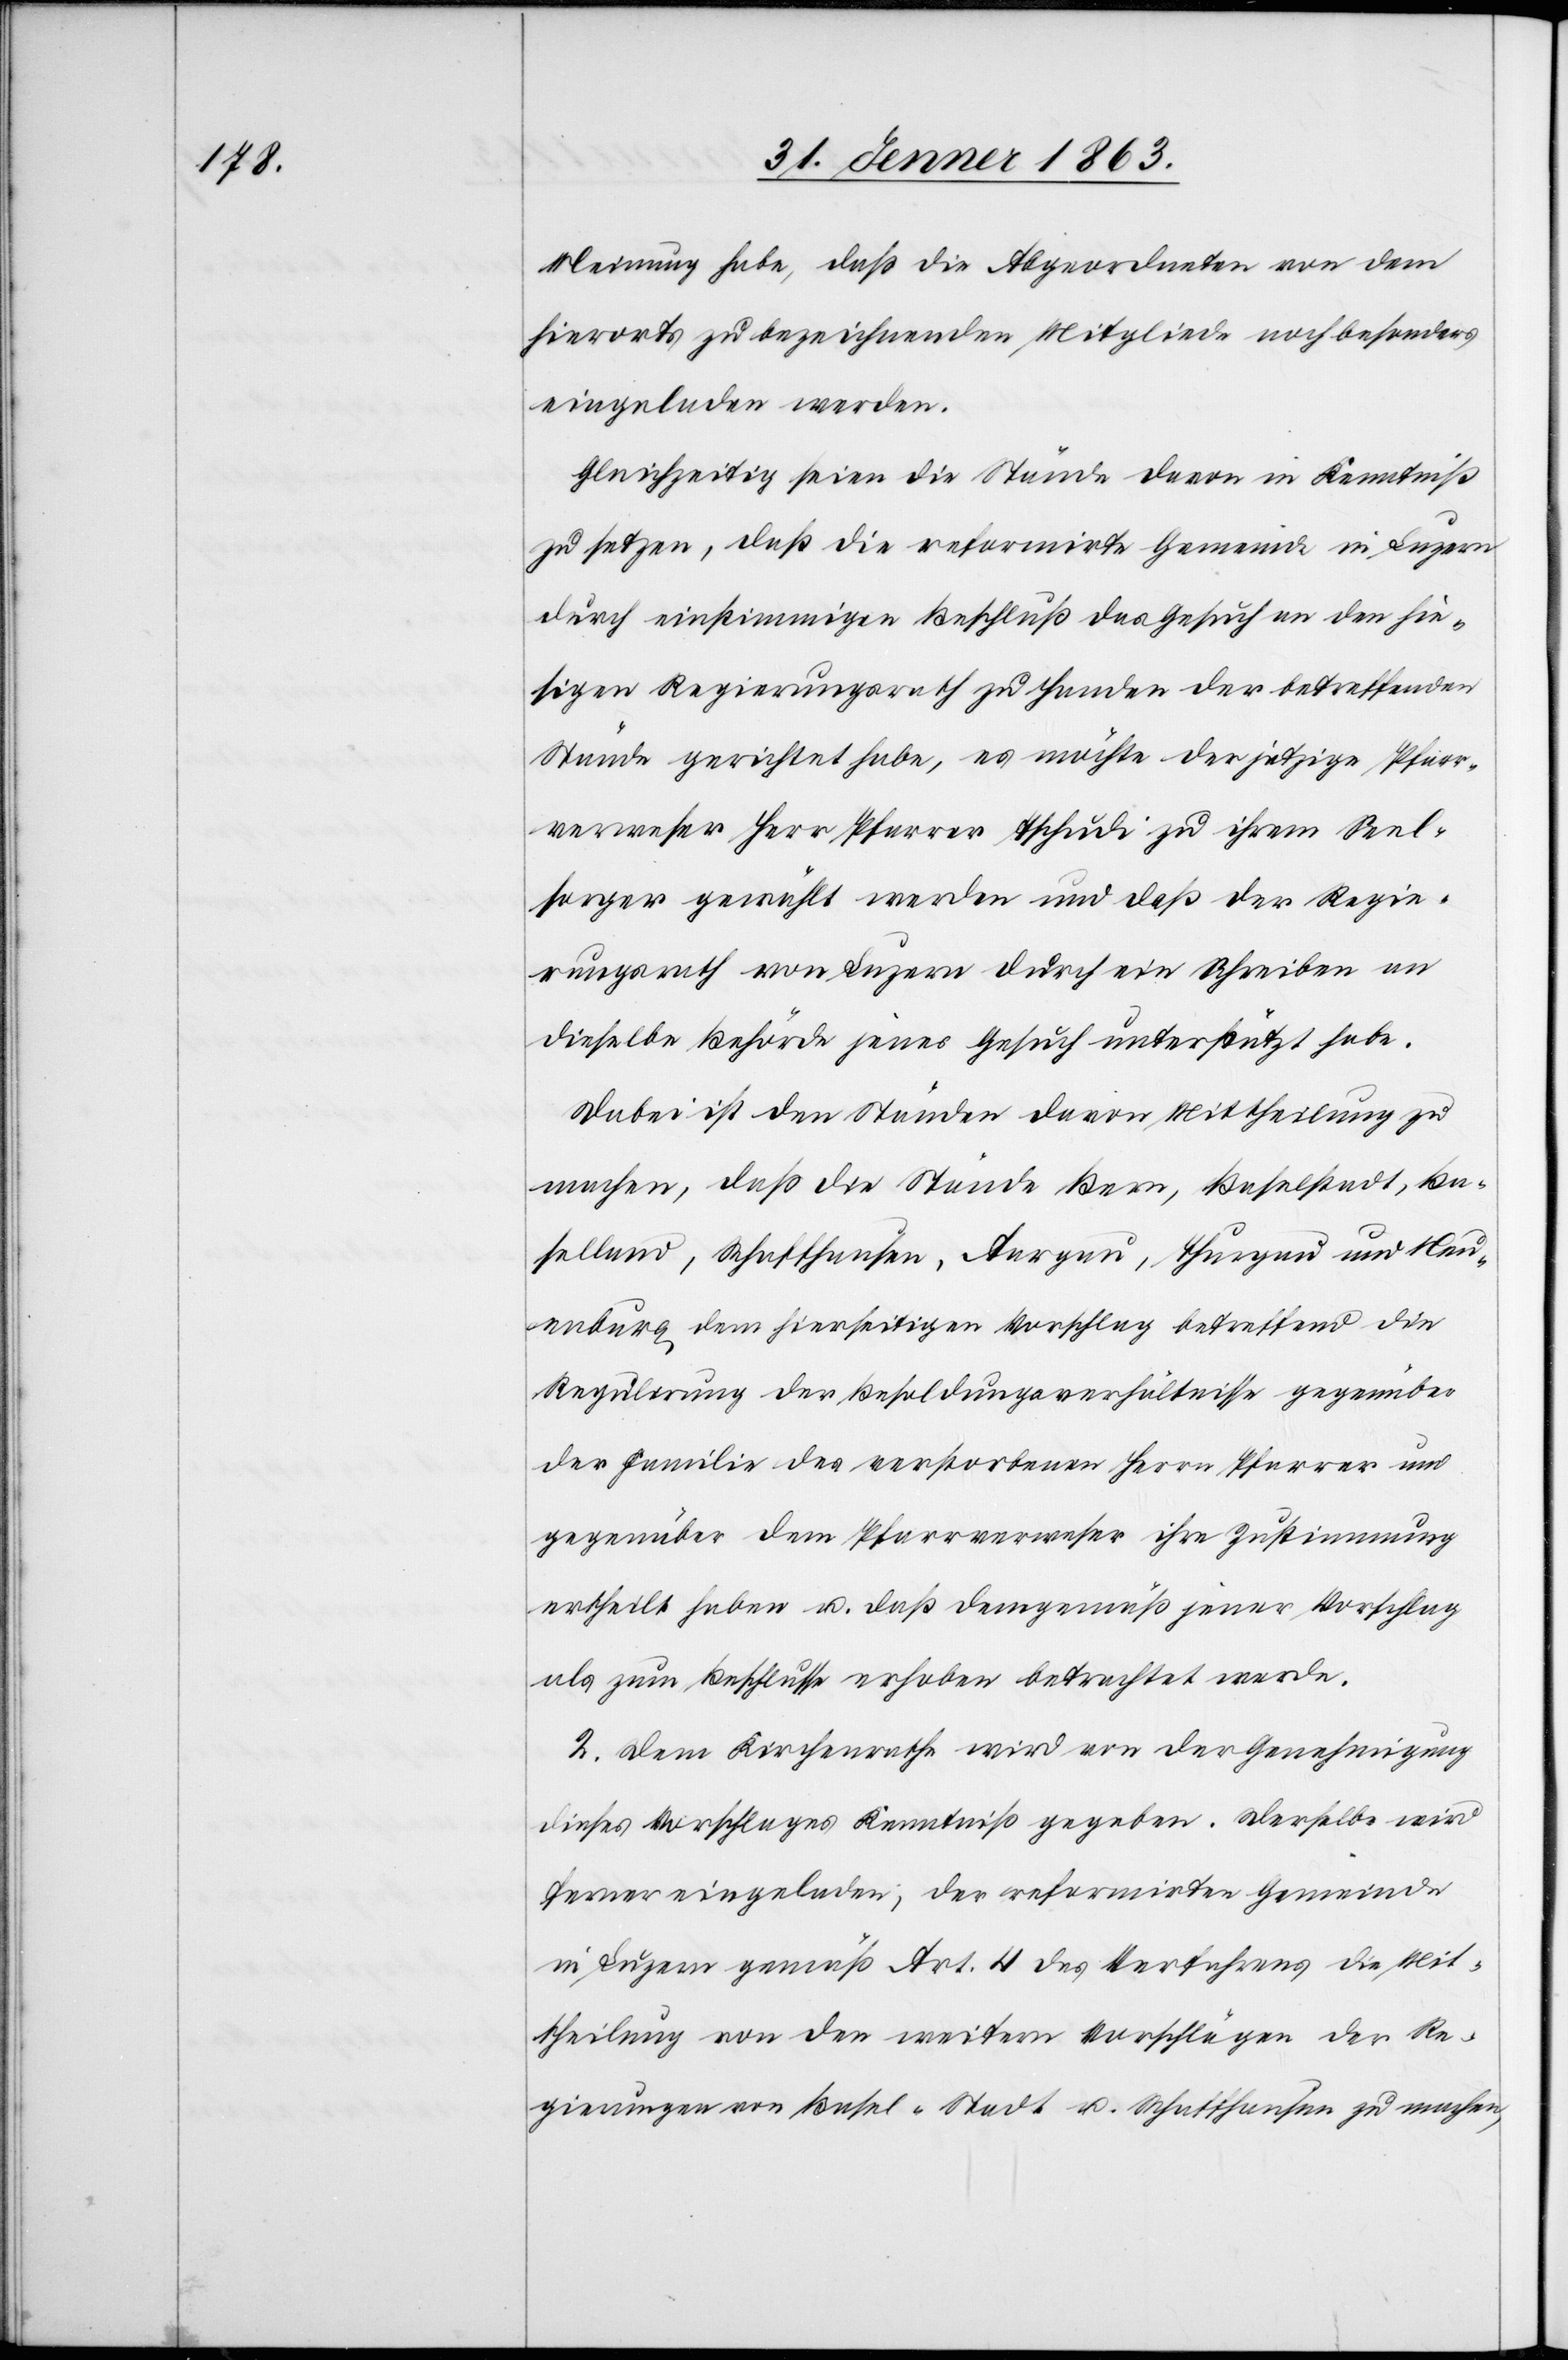
Meinung habe, daß die Abgeordneten von dem
hierorts zu bezeichnenden Mitgliede noch besonders
eingeladen werden.
Gleichzeitig seien die Stände davon in Kenntniß
zu setzen, daß die reformirte Gemeinde in Luzern
durch einstimmigen Beschluß das Gesuch an den hie¬
sigen Regierungsrath zu Handen der betreffenden
Stände gerichtet habe, es möchte der jetzige Pfarr¬
verweser Herr Pfarrer Tschudi zu ihrem Seel¬
sorger gewählt werden und daß der Regie¬
rungsrath von Luzern durch ein Schreiben an
dieselbe Behörde jenes Gesuch unterstützt habe.
Dabei ist den Ständen davon Mittheilung zu
machen, daß die Stände Bern, Baselstadt, Ba¬
selland, Schaffhausen, Aargau, Thurgau und Neu¬
enburg dem hierseitigen Vorschlag betreffend die
Regulirung der Besoldungsverhältnisse gegenüber
der Familie des verstorbenen Herrn Pfarrer und
gegenüber dem Pfarrverweser ihre Zustimmung
ertheilt haben u. daß demgemäß jener Vorschlag
als zum Beschlusse erhoben betrachtet werde.
2. Dem Kirchenrathe wird von der Genehmigung
dieses Vorschlages Kenntniß gegeben. Derselbe wird
ferner eingeladen, der reformirten Gemeinde
in Luzern gemäß Art. 4 des Verfahrens die Mit¬
theilung von den weitern Vorschlägen der Re¬
gierungen von Basel-Stadt u. Schaffhausen zu machen,